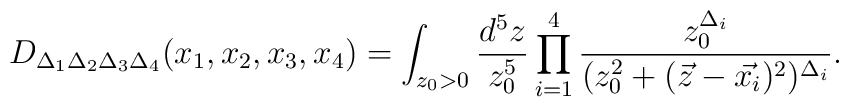
D_{\Delta_1 \Delta_2 \Delta_3 \Delta_4}(x_1,x_2,x_3,x_4) = \int_{z_0>0} \frac{d^5z}{z_0^5} \prod_{i=1}^4 \frac{z_0^{\Delta_i}}{(z_0^2+(\vec{z}-\vec{x_i})^2)^{\Delta_i}}.